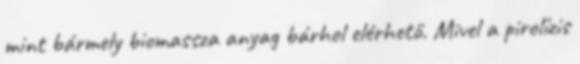
mint bármely biomassza anyag bárhol elérhető. Mivel a pirolízis